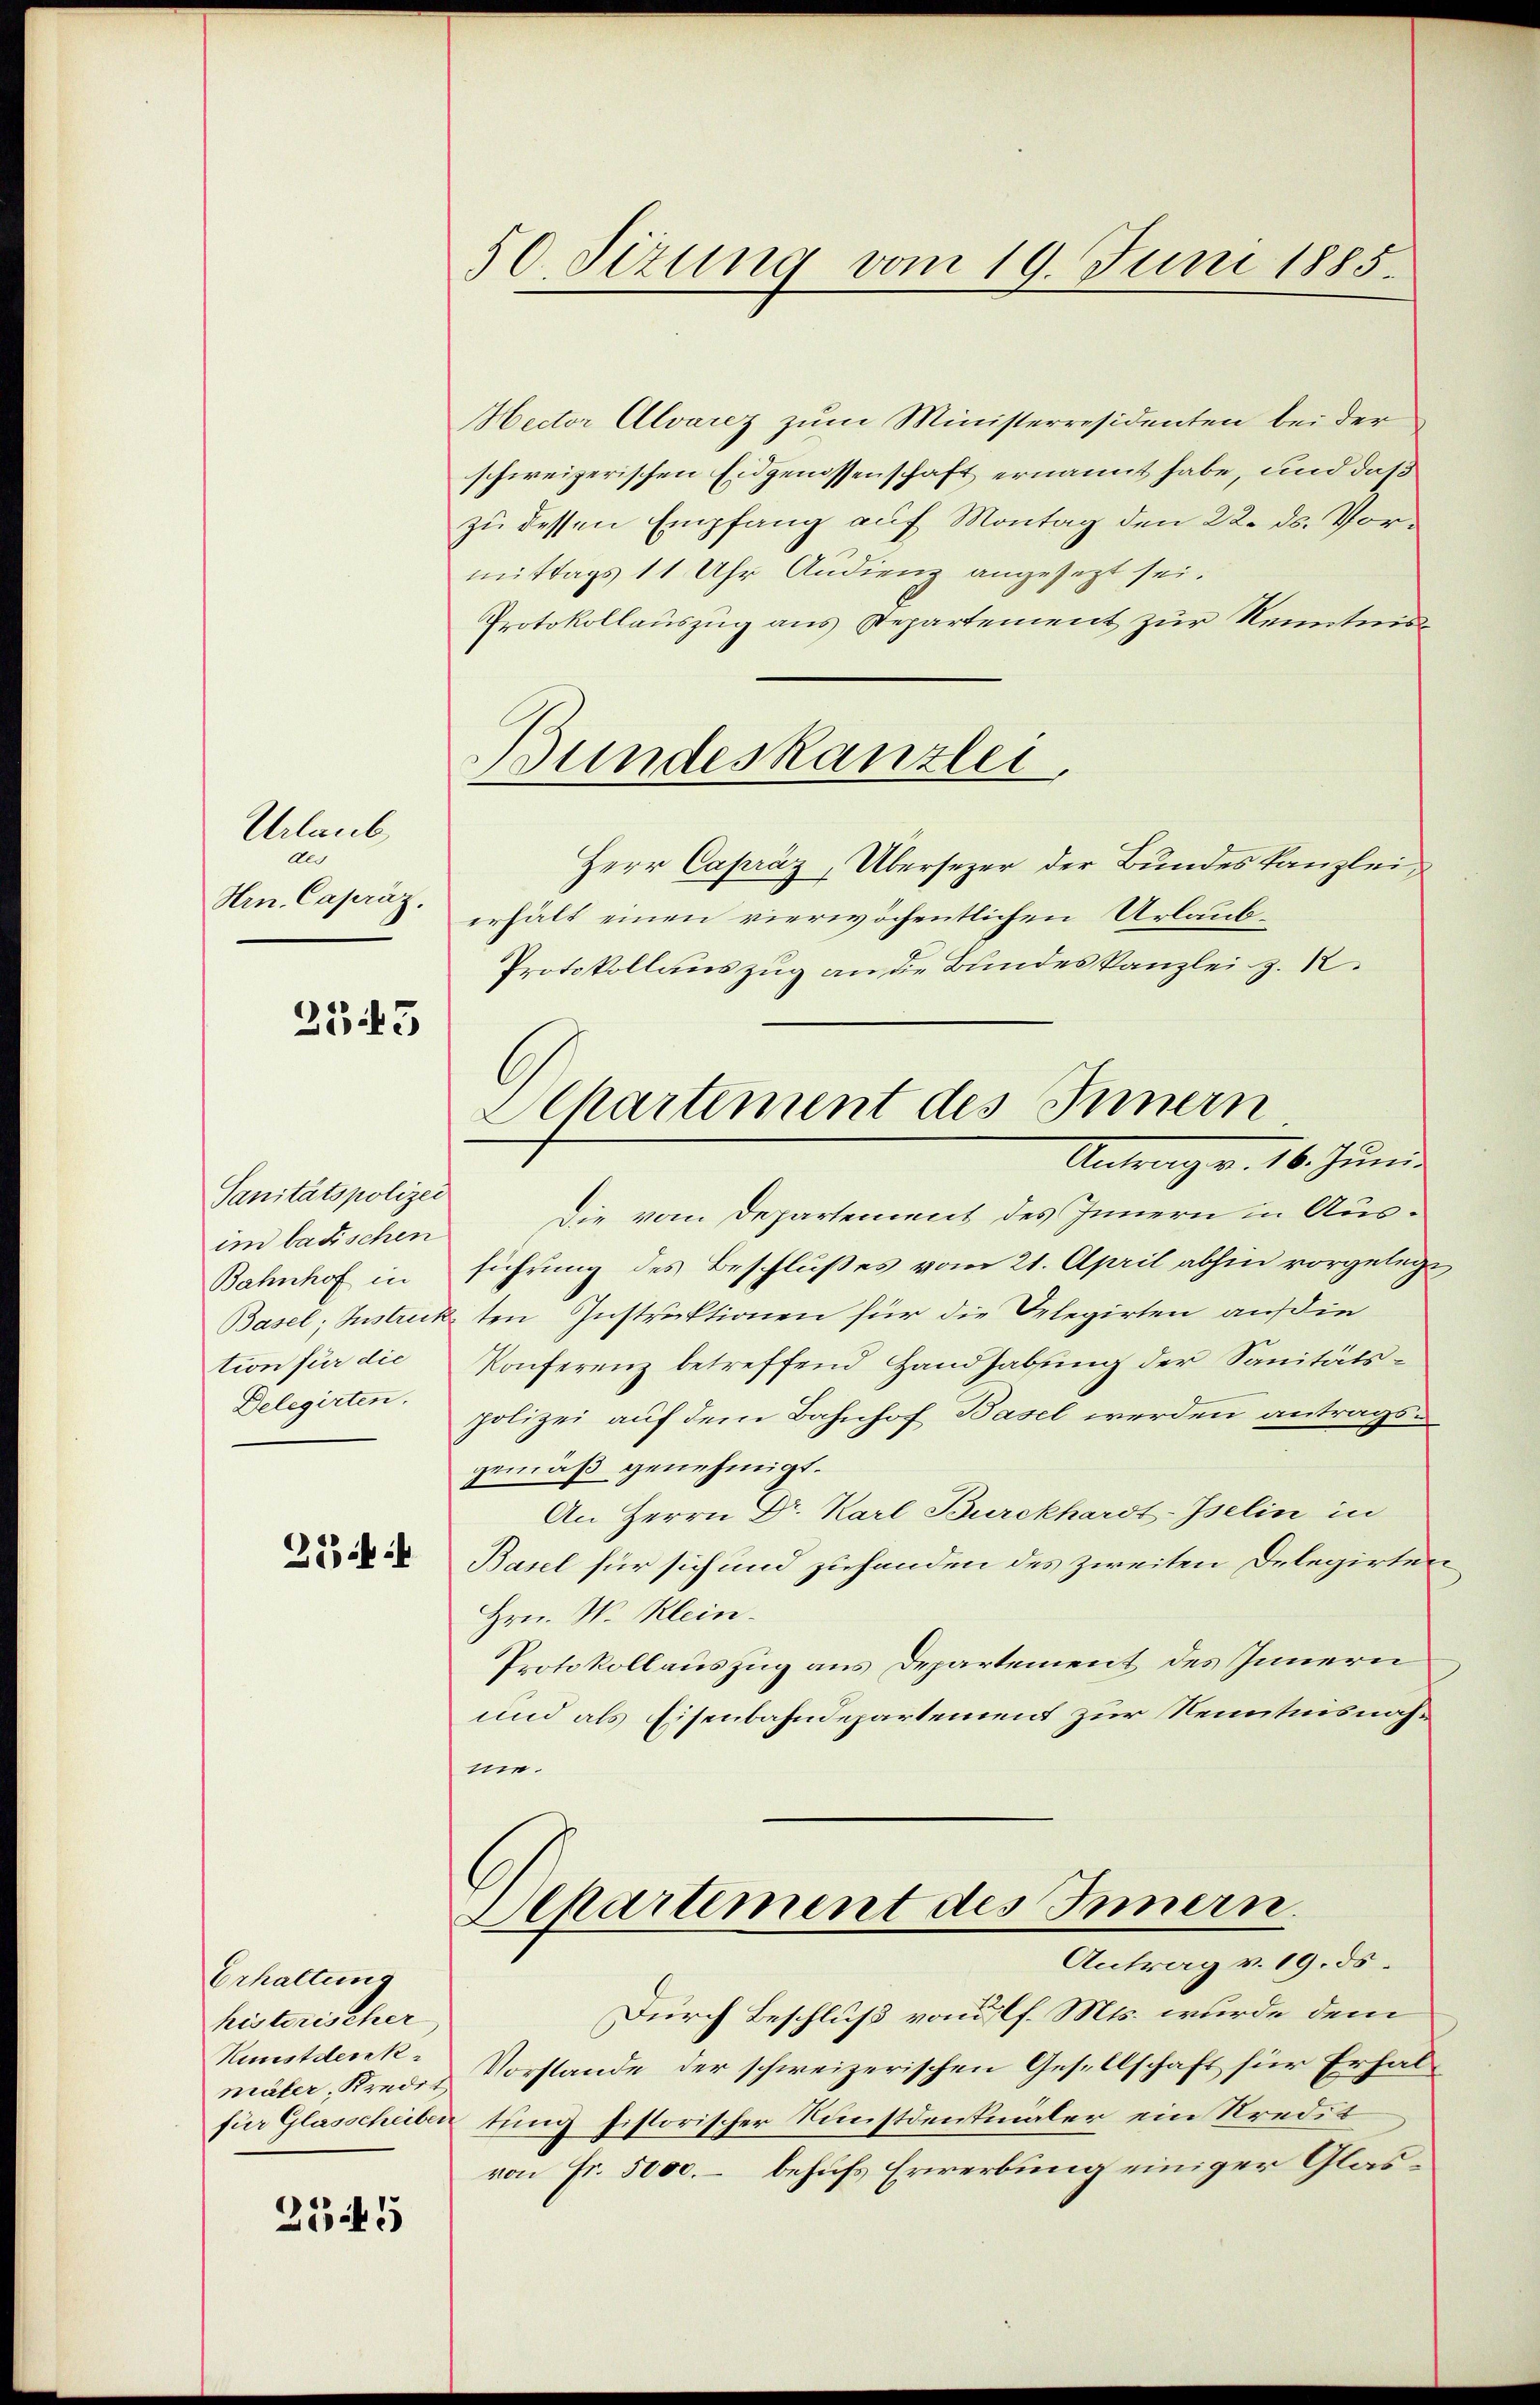
Urlaub
Als
Hrn. Capräz.

2543

Sanitätspolizei
im badischen
Bahnhof in
tion für die
Delegirten.

25 f

Erhaltung
historischer
Kunstdirekmäter, Kredit

2345

50. Sizung vom 19. Juni 1885.

Mector Alvarez zum Ministerresidenten bei der
schweizerischen Eidgenossenschaft ernannt habe, und daß
zu dessen Empfang auf Montag den 22. ds. Vormittags 11 Uhr Audienz angesezt sei.
Protokollauszug aus Departement zur Kenntnis¬
Herr Capráz, Übersezer der Bundes Kanzlei,
erhält einen vierwöchentlichen Urlaub¬
Protokollauszug an die Bundeskanzlei z. K.
Die vom Departement des Innern in Ausführung des Beschlußes vom 21. April abhin vorgelegt
Basel; Instruckten Instruktionen für die Delegirten auf die
Konferenz betreffend Handhabung der Sanitätspolizei auf dem Bahnhof Basel werden antragsgemäß genehmigt.
An Herrn Dr. Karl Burckhardt-Iselin in
Basel für sich und zuhanden des zweiten Delegirte
Hrn. N. Klein¬
Protokollauszug aus Departement des Innern
und als Eisenbahndepartement zur Kenntnisnahne.
Separtement des Innern.
Antrag v. 19. ds.
Durch Beschluß von f. Mts. wurde dem
Vorstande der schweizerischen Gesellschaft für Erhalfür Glasscheiben tung historischer Kunstdenkmaler ein Kredit
von Fr. 5000.- behufs Erwerbung einiger Glas¬

Bundeskanzlei,

G
Chartement des Innern
Antrag v. 16. Juni